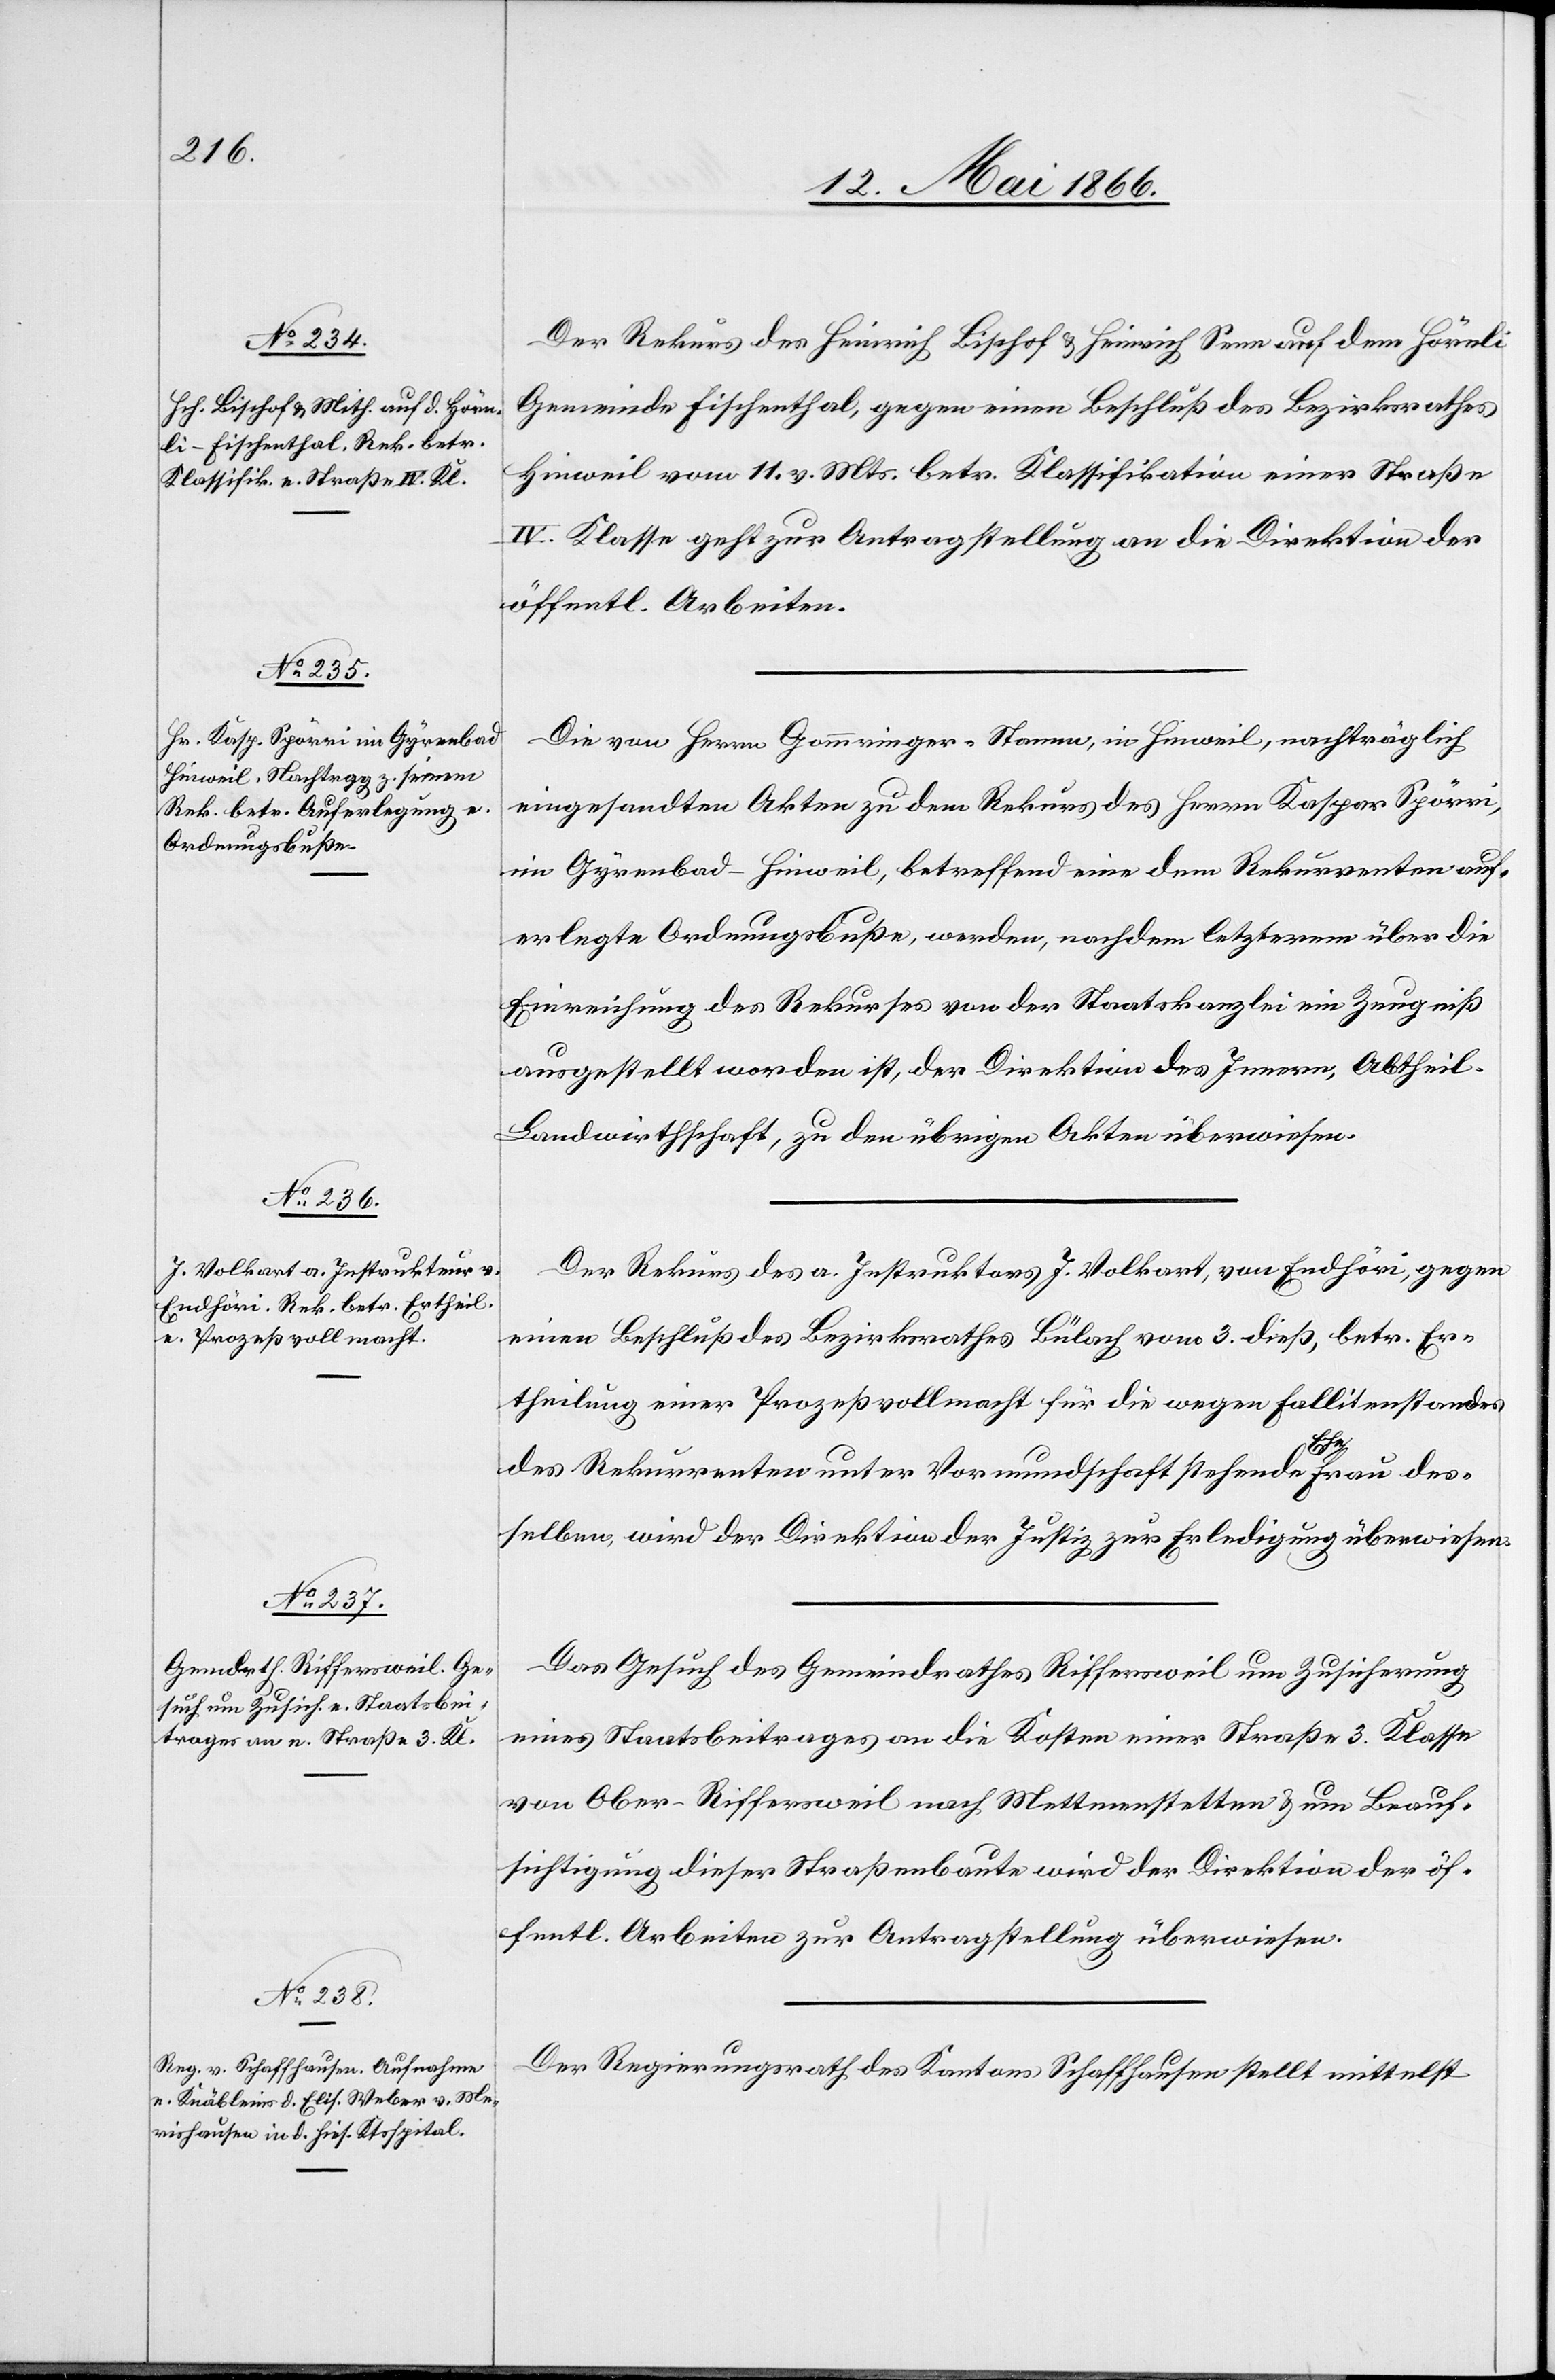
17. Mai 1866.]
Der Rekurs des Heinrich Bischof u. Heinrich Senn auf dem Hörnli
Gemeinde Fischenthal, gegen einen Beschluß des Bezirksrathes
Hinweil vom 11. v. Mts. betr. Klassifikation einer Straße
IV. Klasse geht zur Antragstellung an die Direktion der
öffentl. Arbeiten.
Die von Herrn Gammringer-Stamm, in Hinweil, nachträglich
eingesandten Akten zu dem Rekurs des Herrn Kaspar Spörri,
im Gyrenbad-Hinweil, betreffend eine dem Rekurrenten auf¬
erlegte Ordnungsbuße, werden, nachdem letzterem über die
Einreichung des Rekurses von der Staatskanzlei ein Zeugniß
ausgestellt worden ist, der Direktion des Innern, Abtheil.
Landwirthschaft, zu den übrigen Akten überwiesen.
Der Rekurs des a. Instruktors J. Volkart, von Endhöri, gegen
einen Beschluß des Bezirksrathes Bülach vom 3. dieß, betr Er¬
theilung einer Prozeßvollmacht für die wegen Fallitenstandes
des Rekurrenten unter Vormundschaft stehende Ehefrau des¬
selben, wird der Direktion der Justiz zur Erledigung überwiesen.
Das Gesuch des Gemeindrathes Riffersweil um Zusicherung
eines Staatsbeitrages an die Kosten einer Straße 3. Klasse
von Ober-Riffersweil nach Mettmenstetten u. um Beauf¬
sichtigung dieser Straßenbaute wird der Direktion der öf¬
fentl. Arbeiten zur Antragstellung überwiesen.
Der Regierungsrath des Kantons Schaffhausen stellt mittelst